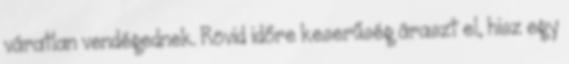
váratlan vendégednek. Rövid időre keserűség áraszt el, hisz egy